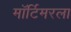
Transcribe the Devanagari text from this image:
मॉर्टिमरला